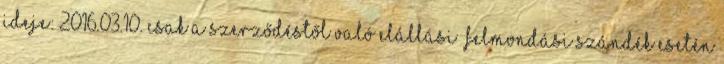
ideje: 2016.03.10. csak a szerződéstől való elállási felmondási szándék esetén